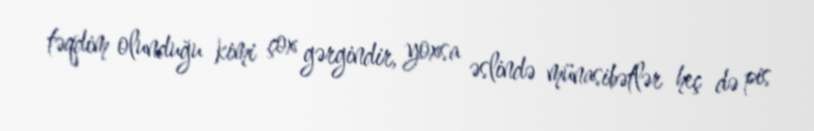
təqdim olunduğu kimi çox gərgindir, yoxsa əslində münasibətlər heç də pis